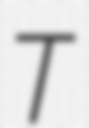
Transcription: T